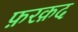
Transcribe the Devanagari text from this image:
फ़रक़द